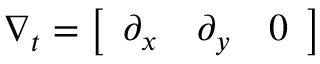
\nabla _ { t } = \left[ \begin{array} { l l l } { \partial _ { x } } & { \partial _ { y } } & { 0 } \end{array} \right]